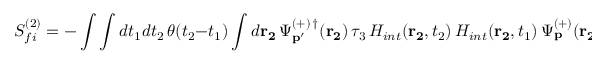
S _ { f i } ^ { ( 2 ) } = - \int \int d t _ { 1 } d t _ { 2 } \, \theta ( t _ { 2 } - t _ { 1 } ) \int d { \bf r _ { 2 } } \, \Psi _ { { \bf p ^ { \prime } } } ^ { ( + ) \, \dagger } ( { \bf r _ { 2 } } ) \, \tau _ { 3 } \, H _ { i n t } ( { \bf r _ { 2 } } , t _ { 2 } ) \, H _ { i n t } ( { \bf r _ { 2 } } , t _ { 1 } ) \, \Psi _ { { \bf p } } ^ { ( + ) } ( { \bf r _ { 2 } } ) \; ,